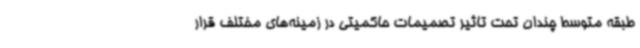
طبقه متوسط چندان تحت تاثیر تصمیمات حاکمیتی در زمینه‌های مختلف قرار